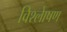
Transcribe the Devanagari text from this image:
विश्लेाषण